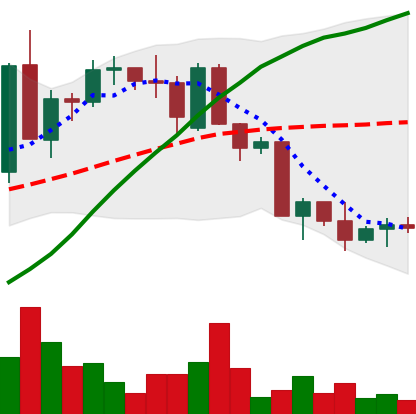
Ticker: ETC-USD
Chart end date: 2022-09-24
Forward return: -3.195%
Label: down_3_5